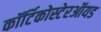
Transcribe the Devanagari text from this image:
कॉर्टिकोस्टेरऑयड